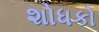
શોધકો